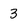
Character: 3